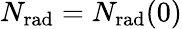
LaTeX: N_{\mathrm{rad}}=N_{\mathrm{rad}}(0)